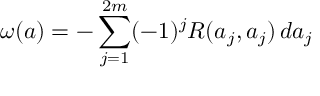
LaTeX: \omega ( a ) = - \sum _ { j = 1 } ^ { 2 m } ( - 1 ) ^ { j } R ( a _ { j } , a _ { j } ) \, d a _ { j }